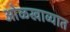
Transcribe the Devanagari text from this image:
ओळखाव्यात